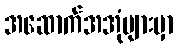
အဆောက်အအုံများမှာ